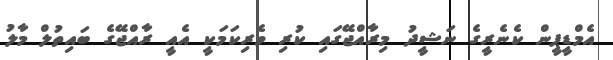
އެމްޑީޕީން ކެނެރީގެ ނަޝީދު މިރާއްޖޭގައި ކުރި ވެރިކަމަކީ އެއީ ރާއްޖޭގެ ބައިތުލް މާލު